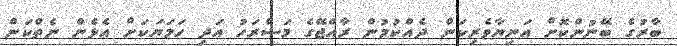
ބާރުގެ ބޭނުންކޮށް އަނިޔާވެރިކަން ދެއްކުމުން ރާއްޖޭގެ މަސްރަހު އަދި ހަމަޔަކަށް އެޅެން ނެތްކަން